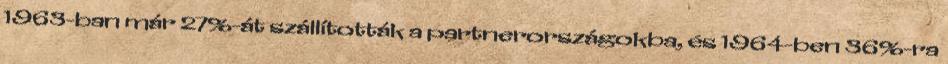
1963-ban már 27%-át szállították a partnerországokba, és 1964-ben 36%-ra